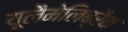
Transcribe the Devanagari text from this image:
यूलैमेलिब्रैक